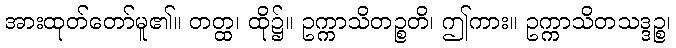
အားထုတ်တော်မူ၏။ တတ္ထ၊ ထို၌။ ဥက္ကာသိတဉ္စတိ၊ ဤကား။ ဥက္ကာသိတသဒ္ဒဉ္စ၊